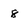
Character: 8